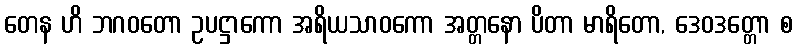
တေန ဟိ ဘဂဝတော ဥပဋ္ဌာကော အရိယသာဝကော အတ္တနော ပိတာ မာရိတော, ဒေဝဒတ္တော စ